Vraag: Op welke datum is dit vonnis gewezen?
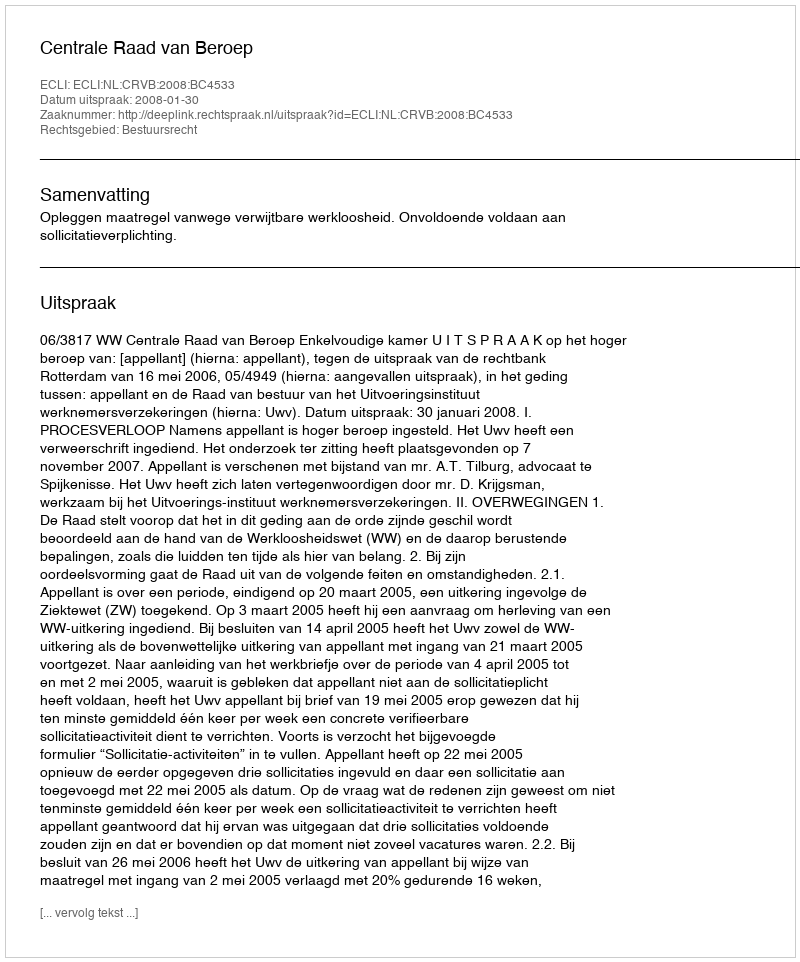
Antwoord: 2008-01-30